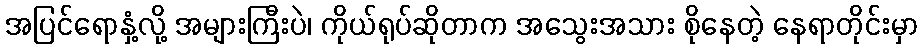
အပြင်ရောနှံ့လို့ အများကြီးပဲ၊ ကိုယ်ရုပ်ဆိုတာက အသွေးအသား စိုနေတဲ့ နေရာတိုင်းမှာ